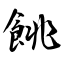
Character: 餆